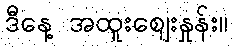
ဒီနေ့ အထူးဈေးနှုန်း။